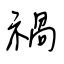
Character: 禍